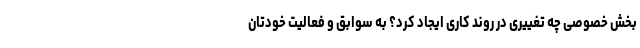
بخش خصوصی چه تغییری در روند کاری ایجاد کرد؟ به سوابق و فعالیت خودتان